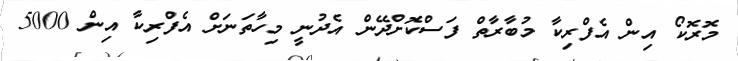
މޮރޮކޯ އިން އެފްރިކާ މުބާރާތް ފަސްކޮށްދޭން އެދުނީ މިހާތަނަށް އެފްރިކާ އިން 5000